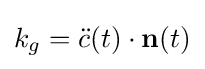
k_{g}={\ddot {c}}(t)\cdot \mathbf {n} (t)